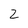
Character: 2